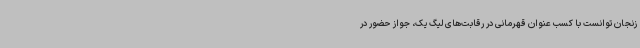
زنجان توانست با کسب عنوان قهرمانی در رقابت‌های لیگ یک، جواز حضور در